Civil Veterinary Department. Madras. Admin. report 1910-25 - 1910-1925
Year: 1910
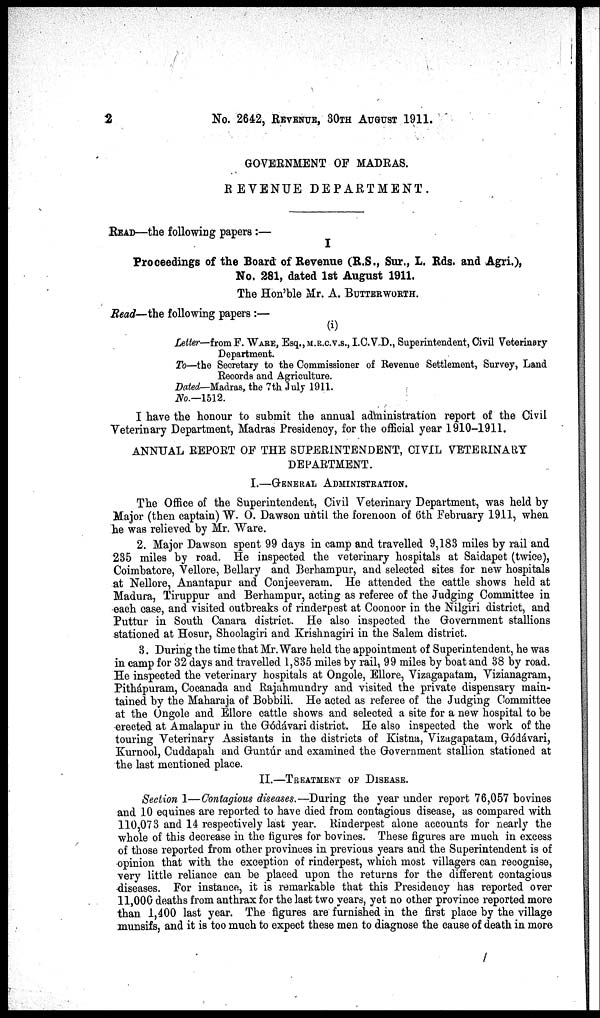
2
No. 2642, REVENUE 30TH AUGUST 1911.
GOVERNMENT OF MADRAS.
REVENUE DEPARTMENT.
READ—the following papers:—
I
Proceedings of the Board of Revenue (R.S., Sur., L. Rds. and Agri.),
No. 281, dated 1st August 1911.
The Hon'ble Mr. A. BUTTERWORTH.
Read—the following papers:—
(i)
Letter— from F. WARE Esq.,M.R.C.V.S., I.C.V.D., Superintendent, Civil Veterinary
Department.
To—the Secretary to the Commissioner of Revenue Settlement, Survey, Land
Records and Agriculture.
Dated—Madras, the 7th July 1911.
No.—1512.
I have the honour to submit the annual administration report of the Civil
Veterinary Department, Madras Presidency, for the official year 1910-1911.
ANNUAL REPORT OF THE SUPERINTENDENT, CIVIL VETERINARY
DEPARTMENT.
I.—GENERAL ADMINISTRATION
The Office of the Superintendent, Civil Veterinary Department, was held by
Major (then captain) W. O. Dawson until the forenoon of 6th February 1911, when
he was relieved by Mr. Ware.
2. Major Dawson spent 99 days in camp and travelled 9,183 miles by rail and
235 miles by road. He inspected the veterinary hospitals at Saidapet (twice),
Coimbatore, Vellore, Bellary and Berhampur, and selected sites for new hospitals
at Nellore, Anantapur and Conjeeveram. He attended the cattle shows held at
Madura, Tiruppur and Berhampur, acting as referee of the Judging Committee in
each case, and visited outbreaks of rinderpest at Coonoor in the Nilgiri district, and
Puttur in South Canara district. He also inspected the Government stallions
stationed at Hosur, Shoolagiri and Krishnagiri in the Salem district.
3. During the time that Mr. Ware held the appointment of Superintendent, he was
in camp for 32 days and travelled 1,835 miles by rail, 99 miles by boat and 38 by road.
He inspected the veterinary hospitals at Ongole, Ellore, Vizagapatam, Vizianagram,
Pithápuram, Cocanada and Rajahmundry and visited the private dispensary main-
tained by the Maharaja of Bobbili. He acted as referee of the Judging Committee
at the Ongole and Ellore cattle shows and selected a site for a new hospital to be
erected at Amalapur in the Gódávari district. He also inspected the work of the
touring Veterinary Assistants in the districts of Kistna, Vizagapatam, Gódávari,
Kurnool, Cuddapah and Guntúr and examined the Government stallion stationed at
the last mentioned place.
II.—TREATMENT OF DISEASE
Section 1—Contagious diseases.—During the year under report 76,057 bovines
and 10 equines are reported to have died from contagious disease, as compared with
110,073 and 14 respectively last year. Rinderpest alone accounts for nearly the
whole of this decrease in the figures for bovines. These figures are much in excess
of those reported from other provinces in previous years and the Superintendent is of
opinion that with the exception of rinderpest, which most villagers can recognise,
very little reliance can be placed upon the returns for the different contagious
diseases. For instance, it is remarkable that this Presidency has reported over
11,000 deaths from anthrax for the last two years, yet no other province reported more
than 1,400 last year. The figures are furnished in the first place by the village
munsifs, and it is too much to expect these men to diagnose the cause of death in more